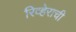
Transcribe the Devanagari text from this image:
रिव्हेराची